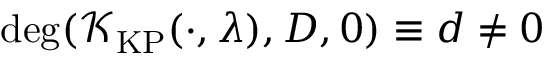
\deg ( \mathcal { K } _ { \mathrm { K P } } ( \cdot , \lambda ) , D , 0 ) \equiv d \neq 0